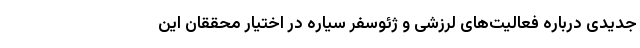
جدیدی درباره فعالیت‌های لرزشی و ژئوسفر سیاره در اختیار محققان این